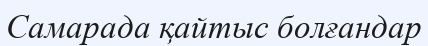
Самарада қайтыс болғандар